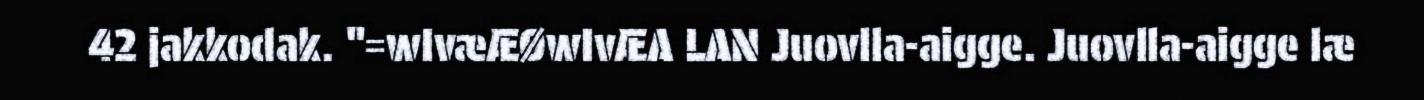
42 jakkodak. "=wIvæÆØwIvÆA LAN Juovlla-aigge. Juovlla-aigge læ